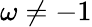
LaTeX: \omega\neq-1